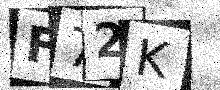
Text: F72K